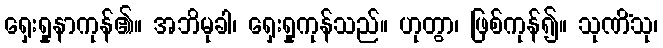
ရှေးရှုနာကုန်၏။ အဘိမုခါ၊ ရှေးရှုကုန်သည်။ ဟုတွာ၊ ဖြစ်ကုန်၍။ သုဏိံသု၊